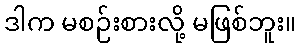
ဒါက မစဉ်းစားလို့ မဖြစ်ဘူး။